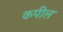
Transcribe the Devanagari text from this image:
कपील